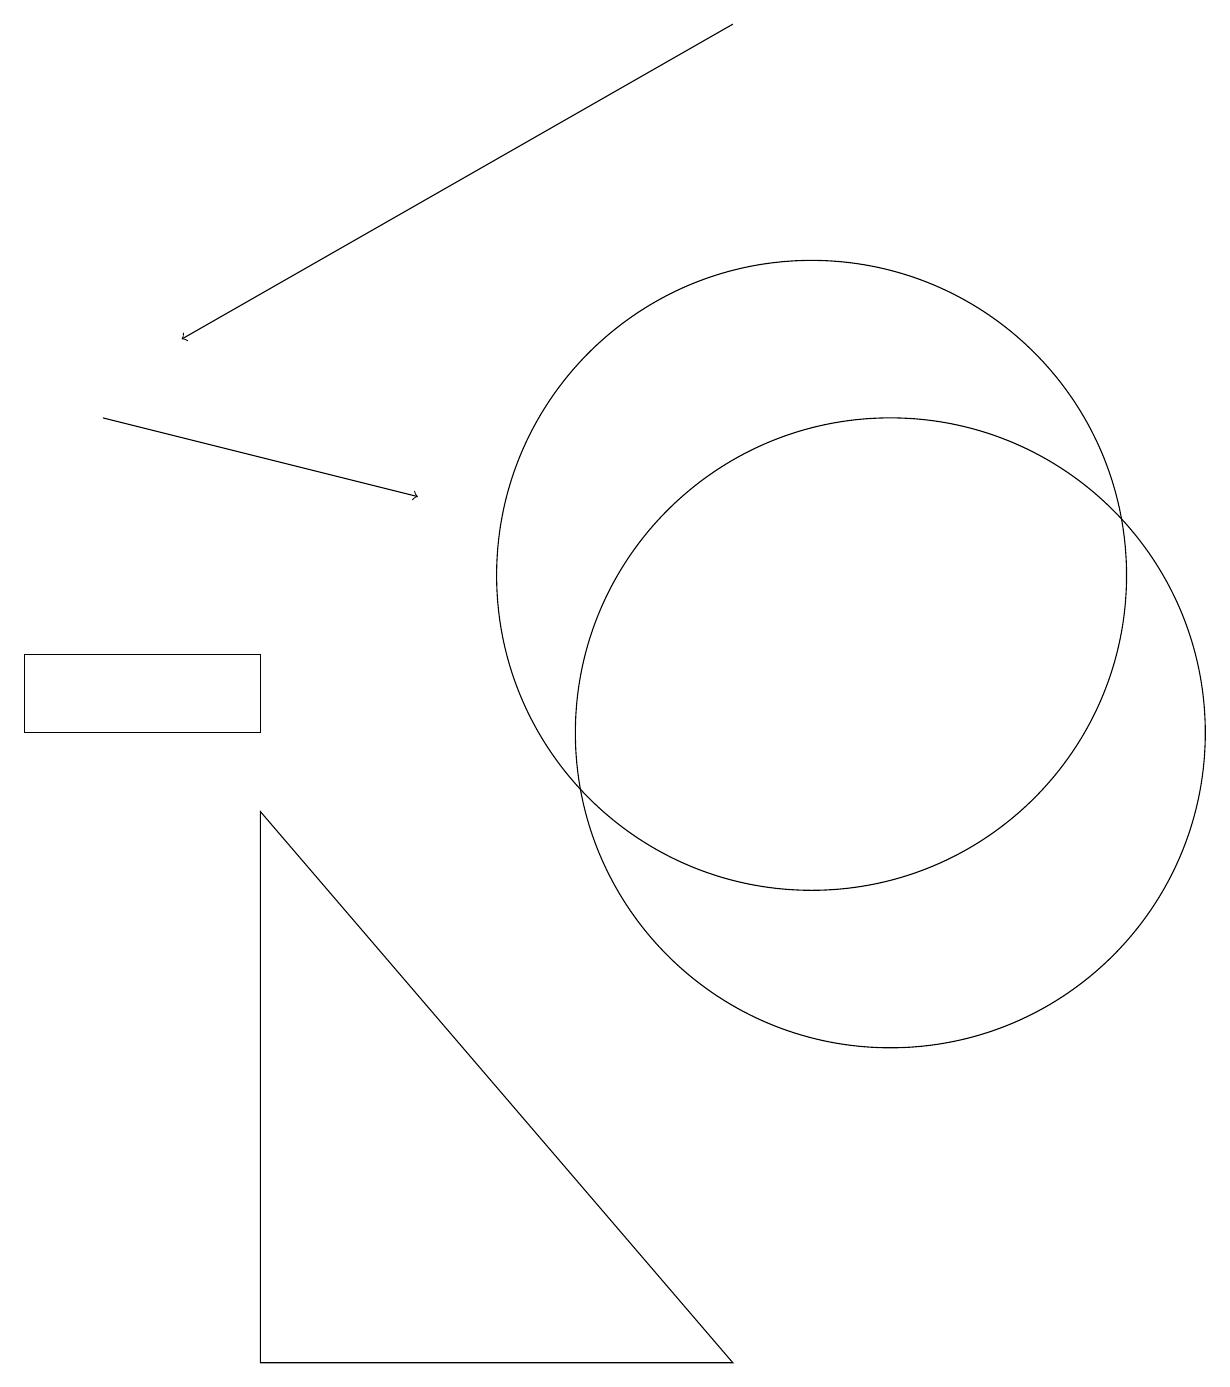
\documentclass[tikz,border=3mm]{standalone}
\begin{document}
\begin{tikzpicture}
\draw (9,2) -- (3,2) -- (3,9) -- cycle;
\draw (3,10) rectangle (0,11);
\draw (11,10) circle (4);
\draw[->] (9,19) -- (2,15);
\draw (10,12) circle (4);
\draw[->] (1,14) -- (5,13);
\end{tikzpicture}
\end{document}